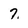
Character: 7